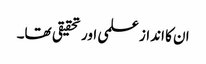
ان کا انداز علمی اور تحقیقی تھا۔